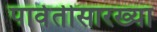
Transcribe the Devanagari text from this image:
पार्वतीसारख्या